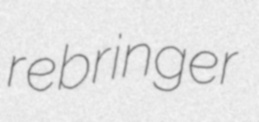
rebringer